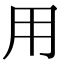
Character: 用